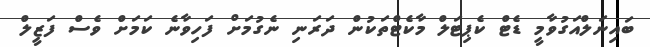
ބައިނަލްއަގުވާމީ ޑެޓް ކެޕިޓަލް މާކެޓްތަކުން ދަރަނި ނެގުމަށް ފަހިވާނެ ކަމަށް ވެސް ފަޒީލް